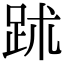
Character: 䟣